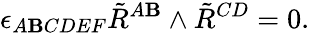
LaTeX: \epsilon_{A\mathbf{B}CDEF}\tilde{{R}}^{A\mathbf{B}}\wedge\tilde{{R}}^{CD}=0.